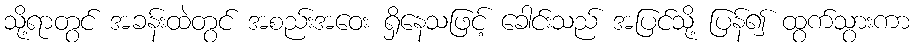
သို့ရာတွင် အခန်းထဲတွင် အစည်းအဝေး ရှိနေသဖြင့် ခေါင်းသည် အပြင်သို့ ပြန်၍ ထွက်သွားကာ